Relation of titanus [i.e. tetanus] to the hypodermic or intramuscular injection of quinine - Number 43
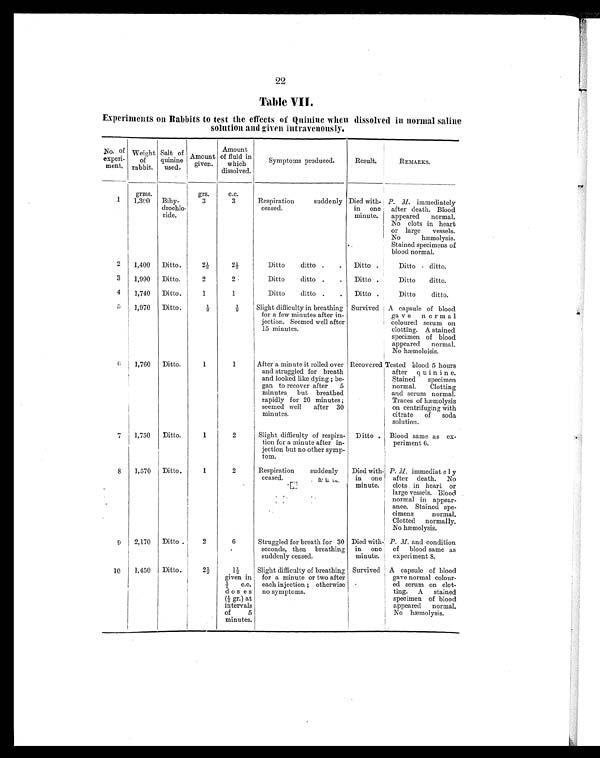
22
Table VII.
Experiments on Rabbits to test the effects of Quinine when dissolved in normal saline
solution and given intravenously.
No of
experi-
ment.
Weight
of
rabbit.
Salt of
quinine
used.
Amount
given.
Amount
of fluid in
which
dissolved.
Symptoms produced.
Result.
REMARKS.
grms.
grs.
c.c.
1
1,300
Bihy-
drochlo-
ride.
3
3
Respiration suddenly
ceased.
Died with-
in one
minute.
P. M. immediately
after death. Blood
appeared normal.
No clots in heart
or large vessels.
No hæmolysis.
Stained specimens of
blood normal.
2
1,400
Ditto.
2½
2 ½
Ditto ditto .
.
Ditto .
Ditto ditto.
3
1,990
Ditto.
2
2
Ditto ditto .
.
Ditto .
Ditto ditto.
4
1,740
Ditto.
1
1
Ditto ditto .
.
Ditto
.
Ditto ditto.
5
1,970
Ditto.
½
½ Slight difficulty in breathing
for a few minutes after in-
jection. Seemed well after
15 minutes.
Survived A capsule of blood
gave norma1
coloured serum on
clotting. A stained
specimen of blood
appeared normal.
No hæmoloisis.
6
1,760
Ditto.
1
1
After a minute it rolled over
and struggled for breath
and looked like dying; be-
gan to recover after 5
minutes but breathed
rapidly for 20 minutes;
seemed well after 30
minutes.
Recovered Tested blood 5 hours
after quinine.
Stained specimen
normal. Clotting
and serum normal.
Traces of hæmolysis
on centrifuging with
citrate of soda
solution.
7
1,750
Ditto.
1
2
Slight difficulty of respira-
tion for a minute after in-
jection but no other symp-
tom.
Ditto . Blood same as ex-
periment 6.
8
1,570
Ditto.
1
2
Respiration suddenly
ceased.
Died with-
in one
minute.
P. M. immediately
after death. No
clots in heart or
large vessels. Blood
normal in appear-
ance. Stained spe-
cimens normal.
Clotted normally.
No hæmolysis.
9
2,170
Ditto.
2
6
Struggled for breath for 30
seconds, then breathing
suddenly ceased.
Died with-
in one
minute.
P. M. and condition
of blood same as
experiment 8.
10
1,450
Ditto.
2 ½
1 ½
given in
½ c . c .
doses
(½ gr.) at
intervals
of 5
minutes.
Slight difficulty of breathing
for a minute or two after
each injection; otherwise
no symptoms.
Survived A capsule of blood
gave normal colour-
ed serum on clot-
ting. A stained
specimen of blood
appeared normal.
No hæmolysis.